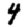
Digit: 4